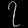
Digit: ၇